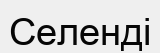
Селенді